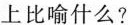
上比喻什么？